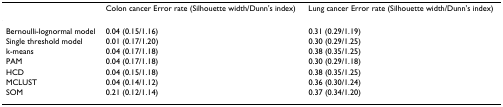
<table><thead><tr><td></td><td><b>Colon cancer Error rate (Silhouette width/Dunn&#x27;s index)</b></td><td><b>Lung cancer Error rate (Silhouette width/Dunn&#x27;s index)</b></td></tr></thead><tbody><tr><td>Bernoulli-lognormal model</td><td>0.04 (0.15/1.16)</td><td>0.31 (0.29/1.19)</td></tr><tr><td>Single threshold model</td><td>0.01 (0.17/1.20)</td><td>0.30 (0.29/1.25)</td></tr><tr><td>k-means</td><td>0.04 (0.17/1.18)</td><td>0.38 (0.35/1.25)</td></tr><tr><td>PAM</td><td>0.04 (0.17/1.18)</td><td>0.30 (0.29/1.18)</td></tr><tr><td>HCD</td><td>0.04 (0.15/1.18)</td><td>0.38 (0.35/1.25)</td></tr><tr><td>MCLUST</td><td>0.04 (0.14/1.12)</td><td>0.36 (0.30/1.24)</td></tr><tr><td>SOM</td><td>0.21 (0.12/1.14)</td><td>0.37 (0.34/1.20)</td></tr></tbody></table>